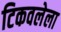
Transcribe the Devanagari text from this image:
टिकवलेला